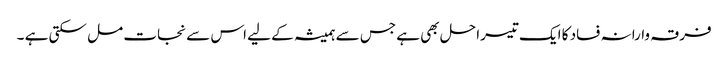
فرقہ وارانہ فساد کا ایک تیسرا حل بھی ہے جس سے ہمیشہ کے لیے اس سے نجات مل سکتی ہے ۔